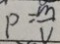
P = \frac { m } { v }